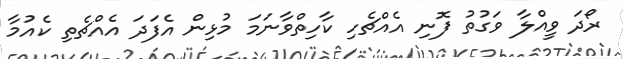
ރޯދަ ވީއްލާ ވަގުތު ފޮނި އެއްޗެހި ކާހިތްވާނަމަ މުޅިން އެފަދަ އެއްޗެތި ކެއުމާ